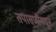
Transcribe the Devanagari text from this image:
तपासणीमधून